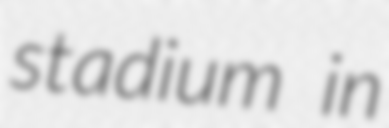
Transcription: stadium in